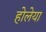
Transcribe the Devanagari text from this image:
होलेया